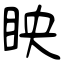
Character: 眏